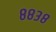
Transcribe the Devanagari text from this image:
८८३८